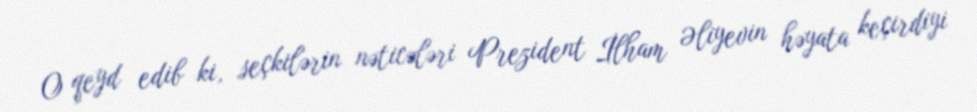
O qeyd edib ki, seçkilərin nəticələri Prezident İlham Əliyevin həyata keçirdiyi